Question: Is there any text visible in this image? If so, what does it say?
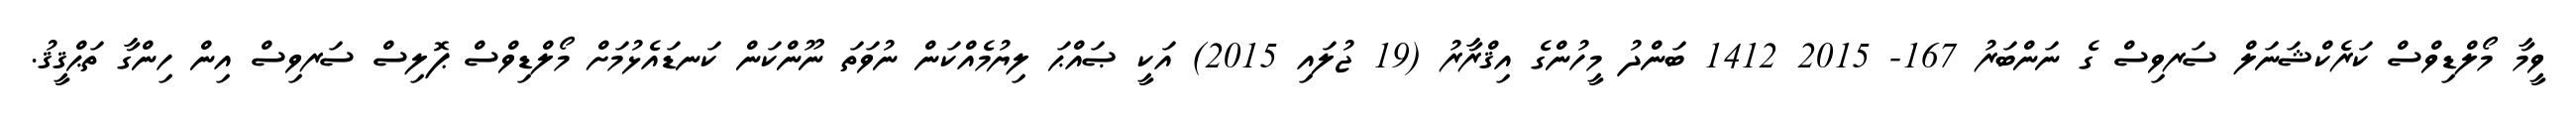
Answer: ވީމާ މޯލްޑިވްސް ކަރެކްޝަނަލް ސަރވިސް ގެ ނަންބަރު 167- 2015 1412 ބަންދު މީހުންގެ އިޤްރާރު (19 ޖުލައި 2015) އަކީ ޞައްޙަ ލިޔުމެއްކަން ނުވަތަ ނޫންކަން ކަނޑައެޅުމަށް މޯލްޑިވްސް ޕޮލިސް ސަރވިސް އިން ހިންގާ ތަޙްޤީޤު.